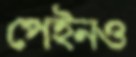
পেইনও